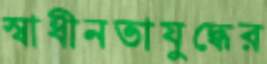
স্বাধীনতাযুদ্ধের